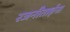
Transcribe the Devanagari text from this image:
रजनीताईना